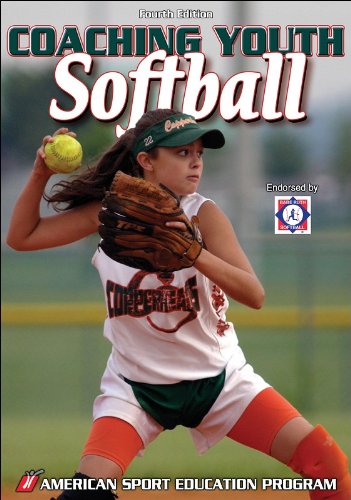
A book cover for Coaching Youth Softball, Fourth Edition; American Sport Education Program; Sports & Outdoors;